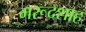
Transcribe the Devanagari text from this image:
मरूदशाह